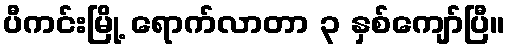
ပီကင်းမြို့ ရောက်လာတာ ၃ နှစ်ကျော်ပြီ။